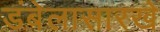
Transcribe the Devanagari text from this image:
डंबेलासारखे